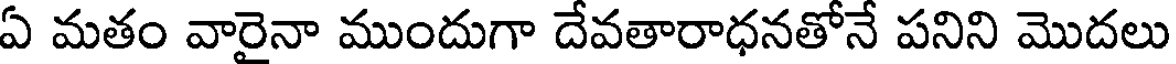
ఏ మతం వారైనా ముందుగా దేవతారాధనతోనే పనిని మొదలు